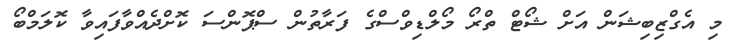
މި އެގްޒިބިޝަން އަށް ޝޯޓް ތްރޯ މޯލްޑިވްސްގެ ފަރާތުން ސްޕޮންސަ ކޮށްދެއްވާފައިވާ ކޮލަމްބޯ